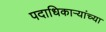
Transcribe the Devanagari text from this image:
पदाधिकार्‍यांच्या